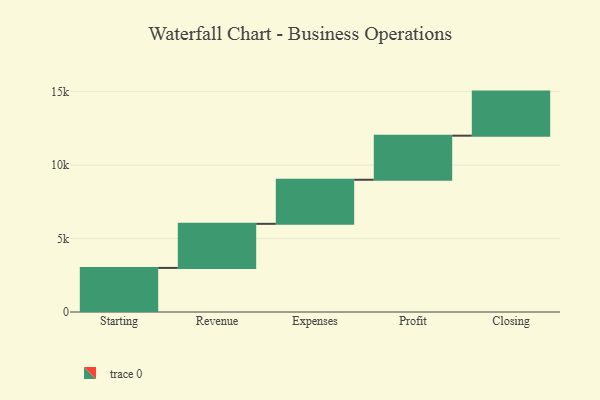
{"axis": {"x": "Step", "y": "Value"}, "legend": [""], "data": [{"x": "Starting", "y": 3000, "type": ""}, {"x": "Revenue", "y": 3000, "type": ""}, {"x": "Expenses", "y": 3000, "type": ""}, {"x": "Profit", "y": 3000, "type": ""}, {"x": "Closing", "y": 3000, "type": ""}]}